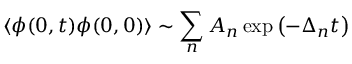
\langle \phi ( 0 , t ) \phi ( 0 , 0 ) \rangle \sim \sum _ { n } A _ { n } \exp \left( - \Delta _ { n } t \right)